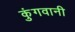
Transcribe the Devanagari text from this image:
कुंगवानी